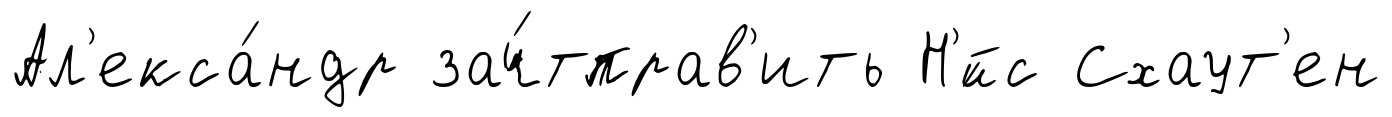
Ал'екса́ндр зач́тправ'ить Н'́йс Схаут'ен